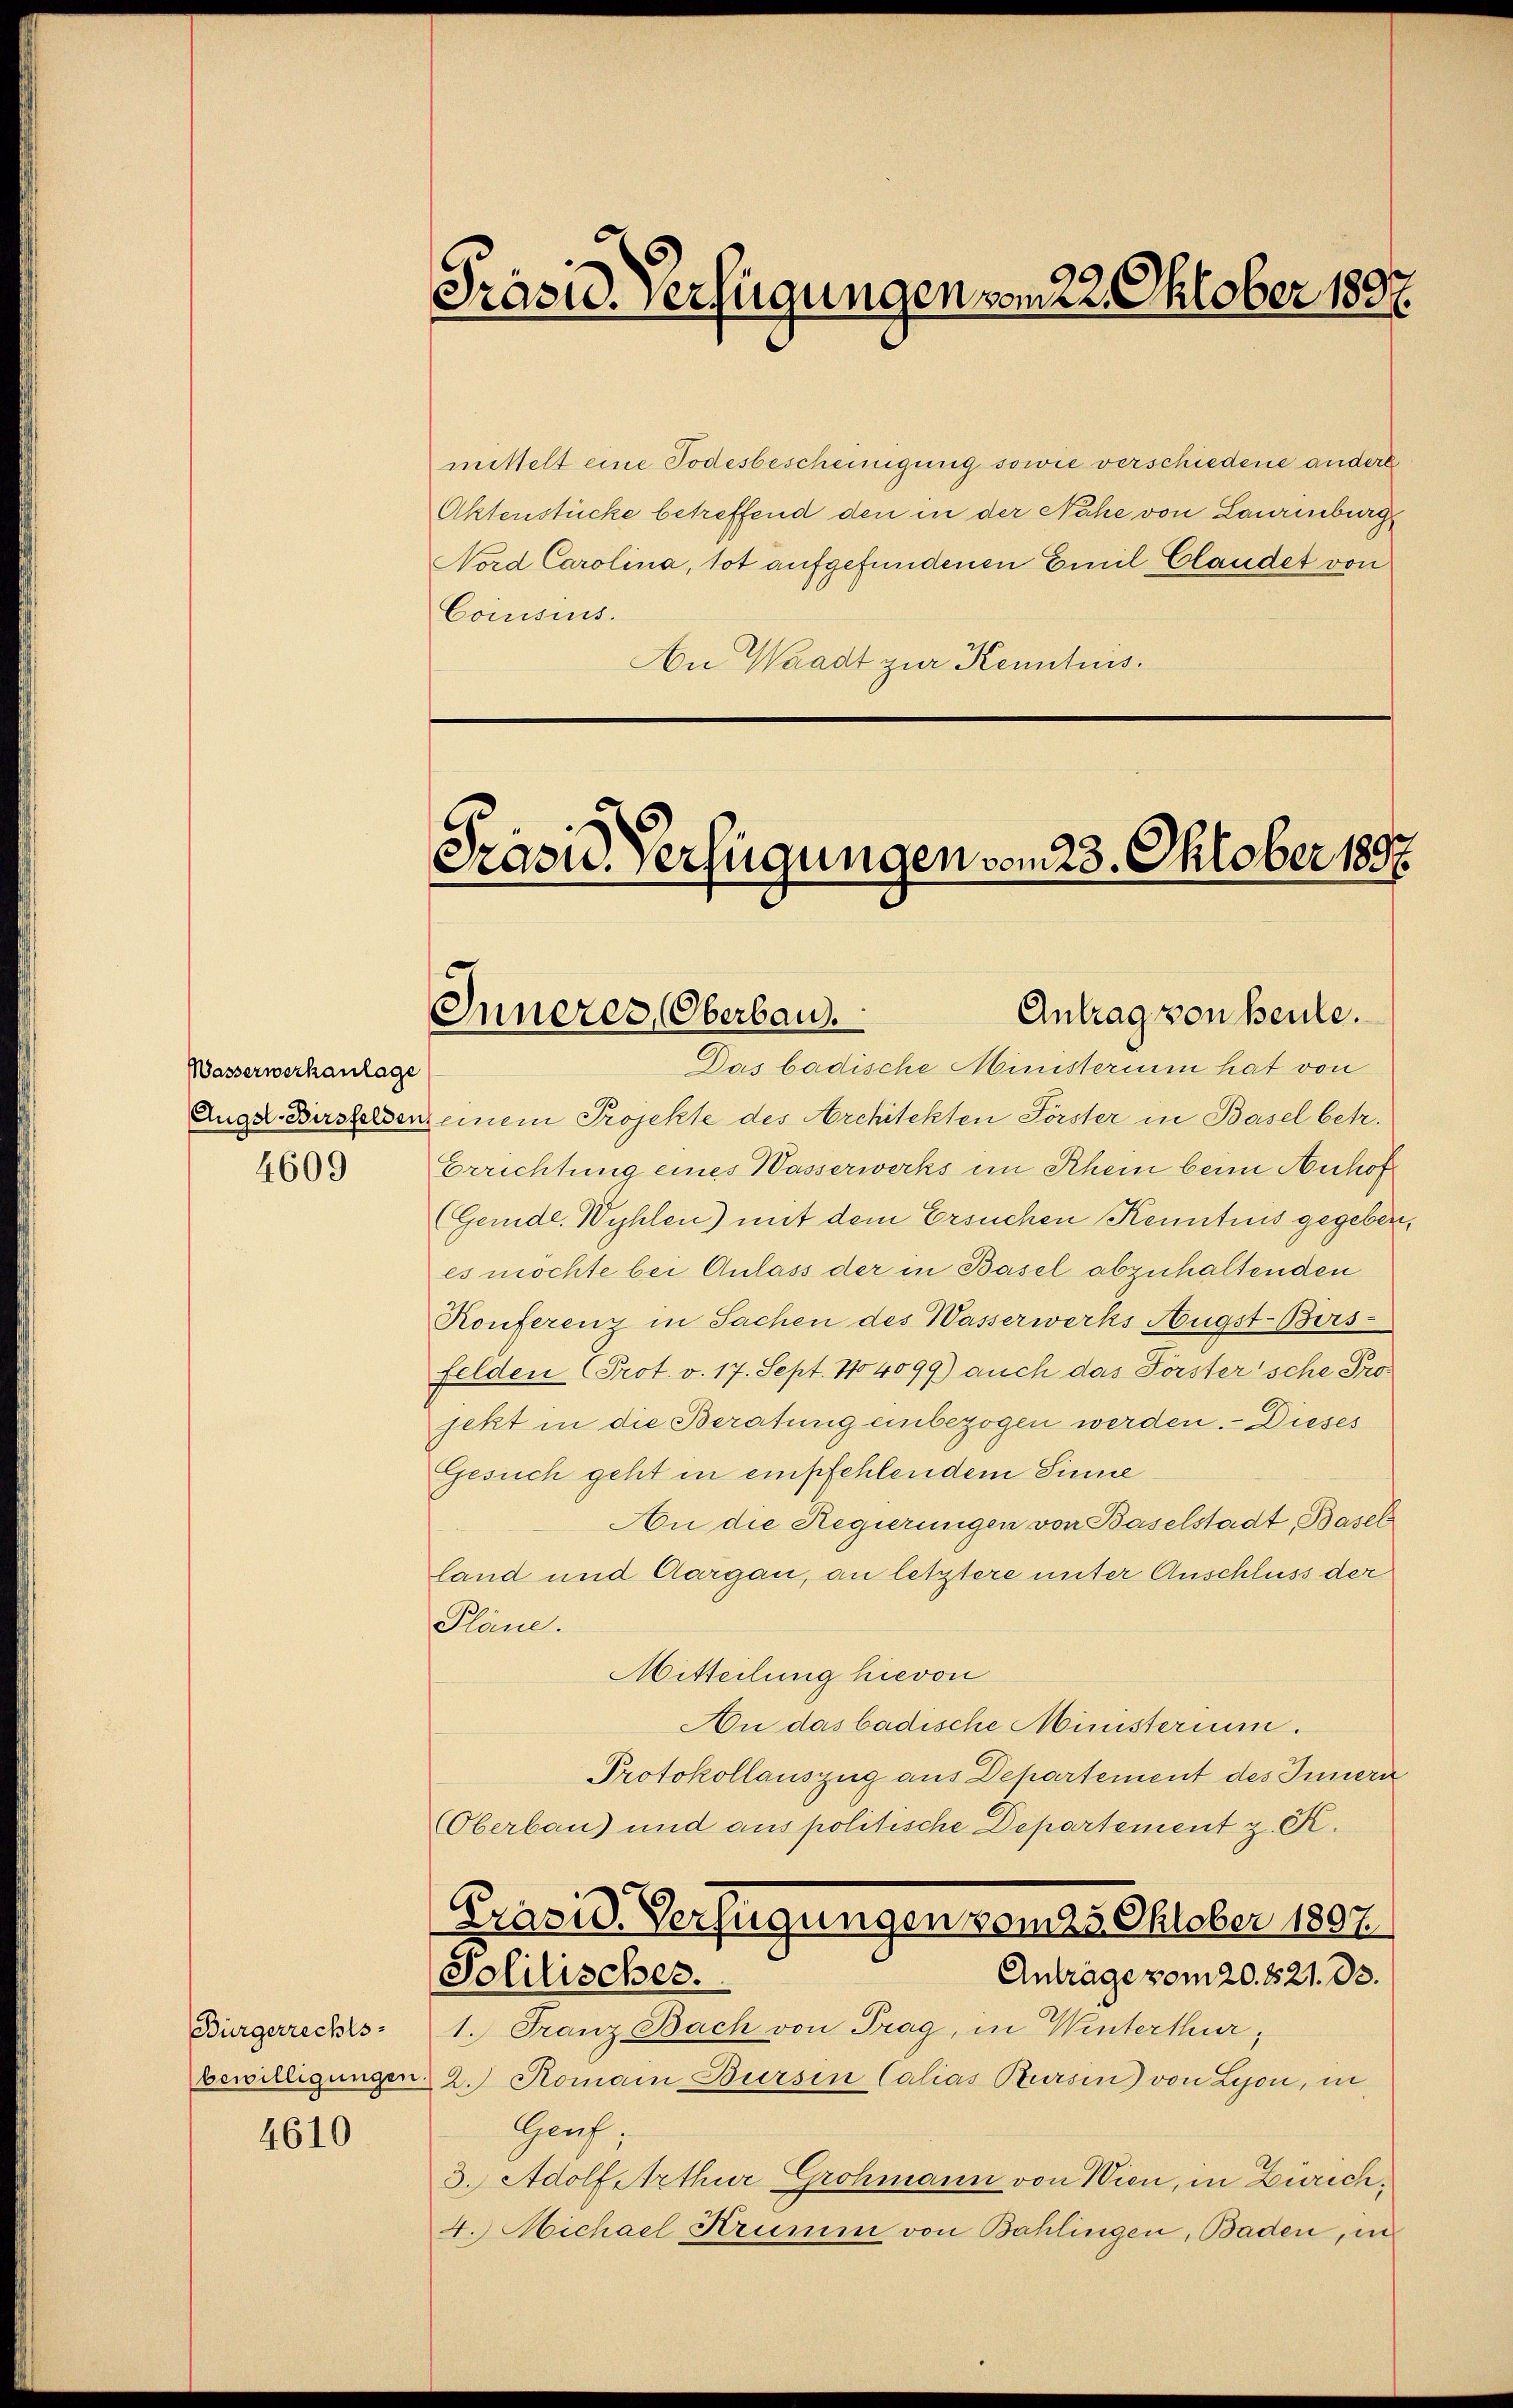
Wasserwerkanlage
4609

Bürgerrechts-

4610

Präsid. Verfügungen vom 22. Oktober 1897.

mittelt eine Todesbescheinigung sowie verschiedene andere
Aktenstücke betreffend den in der Nähe von Laurenburg
Nord Carolina, tot aufgefundenen Emil Claudet von
Comisius.
An Waadt zur Kenntnis¬

Das badische Ministerium hat von
Auge Bersterden, einem Projekte des Architekten Förster in Basel betr.
Errichtung eines Wasserwerks im Rhein beim Auhof
(Gemde Wyhlen) mit dem Ersuchen Kenntnis gegeben,
es möchte bei Anlass der in Basel abzuhaltenden
Konferenz in Sachen des Wasserwerks Augst-Bers-
felden Prot. v. 17. Sept. 14099) auch das Förstersche Projekt in die Beratung unbezogen werden. - Dieses
Gesuch geht in empfehlendem Sinne
An die Regierungen von Baselstadt, Basel
land und Aargau, an letztere unter Anschluss der
Pläne.
Mitteilung hievon
An das badische Ministerium.
Protokollauszug aus Departement des Innern
Oberbau) und aus politische Departement z. K.
Präsid. Verfügungen vom 25. Oktober 1807.
Anträge vom 20. 821. 33.
Solilisches.
1. Franz Bach von Trag, in Winterthur,
bewilligungen 2. Romain Bürsen Calias Bursin) von Lyon, in
Gauf;
3. Adolf Arthur Grohmann von Wien, in Zürich,
4. Michael Krumm von Bahlingen, Baden, in

Präsid. Verfügungen vom 23. Oktober 1897.
Antrag von seule.
Inneres Oberbau.